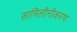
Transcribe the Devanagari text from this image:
सामिलीनीकरण